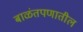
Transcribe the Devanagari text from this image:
बाळंतपणातील